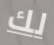
لك